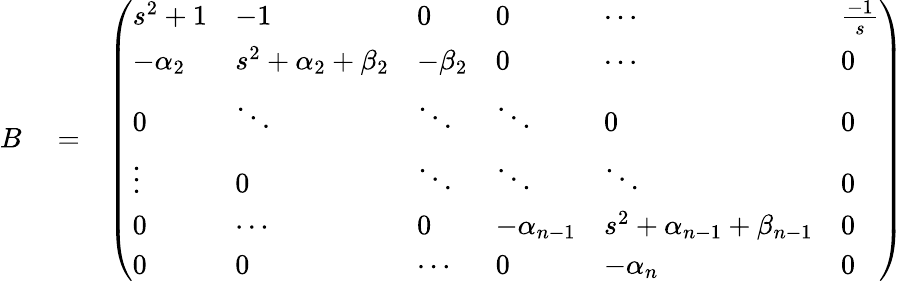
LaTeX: \begin{array}{rlr}{B}&{{}=}&{\left(\begin{array}{llllll}{s^{2}+1}&{-1}&{0}&{0}&{\cdots}&{\frac{-1}{s}}\\ {-\alpha_{2}}&{s^{2}+\alpha_{2}+\beta_{2}}&{-\beta_{2}}&{0}&{\cdots}&{0}\\ {0}&{\ddots}&{\ddots}&{\ddots}&{0}&{0}\\ {\vdots}&{0}&{\ddots}&{\ddots}&{\ddots}&{0}\\ {0}&{\cdots}&{0}&{-\alpha_{n-1}}&{s^{2}+\alpha_{n-1}+\beta_{n-1}}&{0}\\ {0}&{0}&{\cdots}&{0}&{-\alpha_{n}}&{0}\end{array}\right)}\end{array}